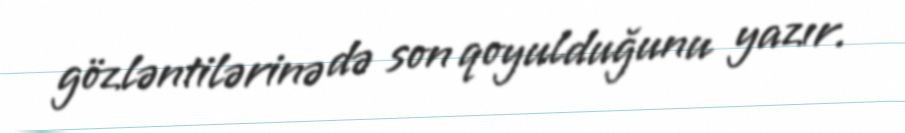
gözləntilərinə də son qoyulduğunu yazır.